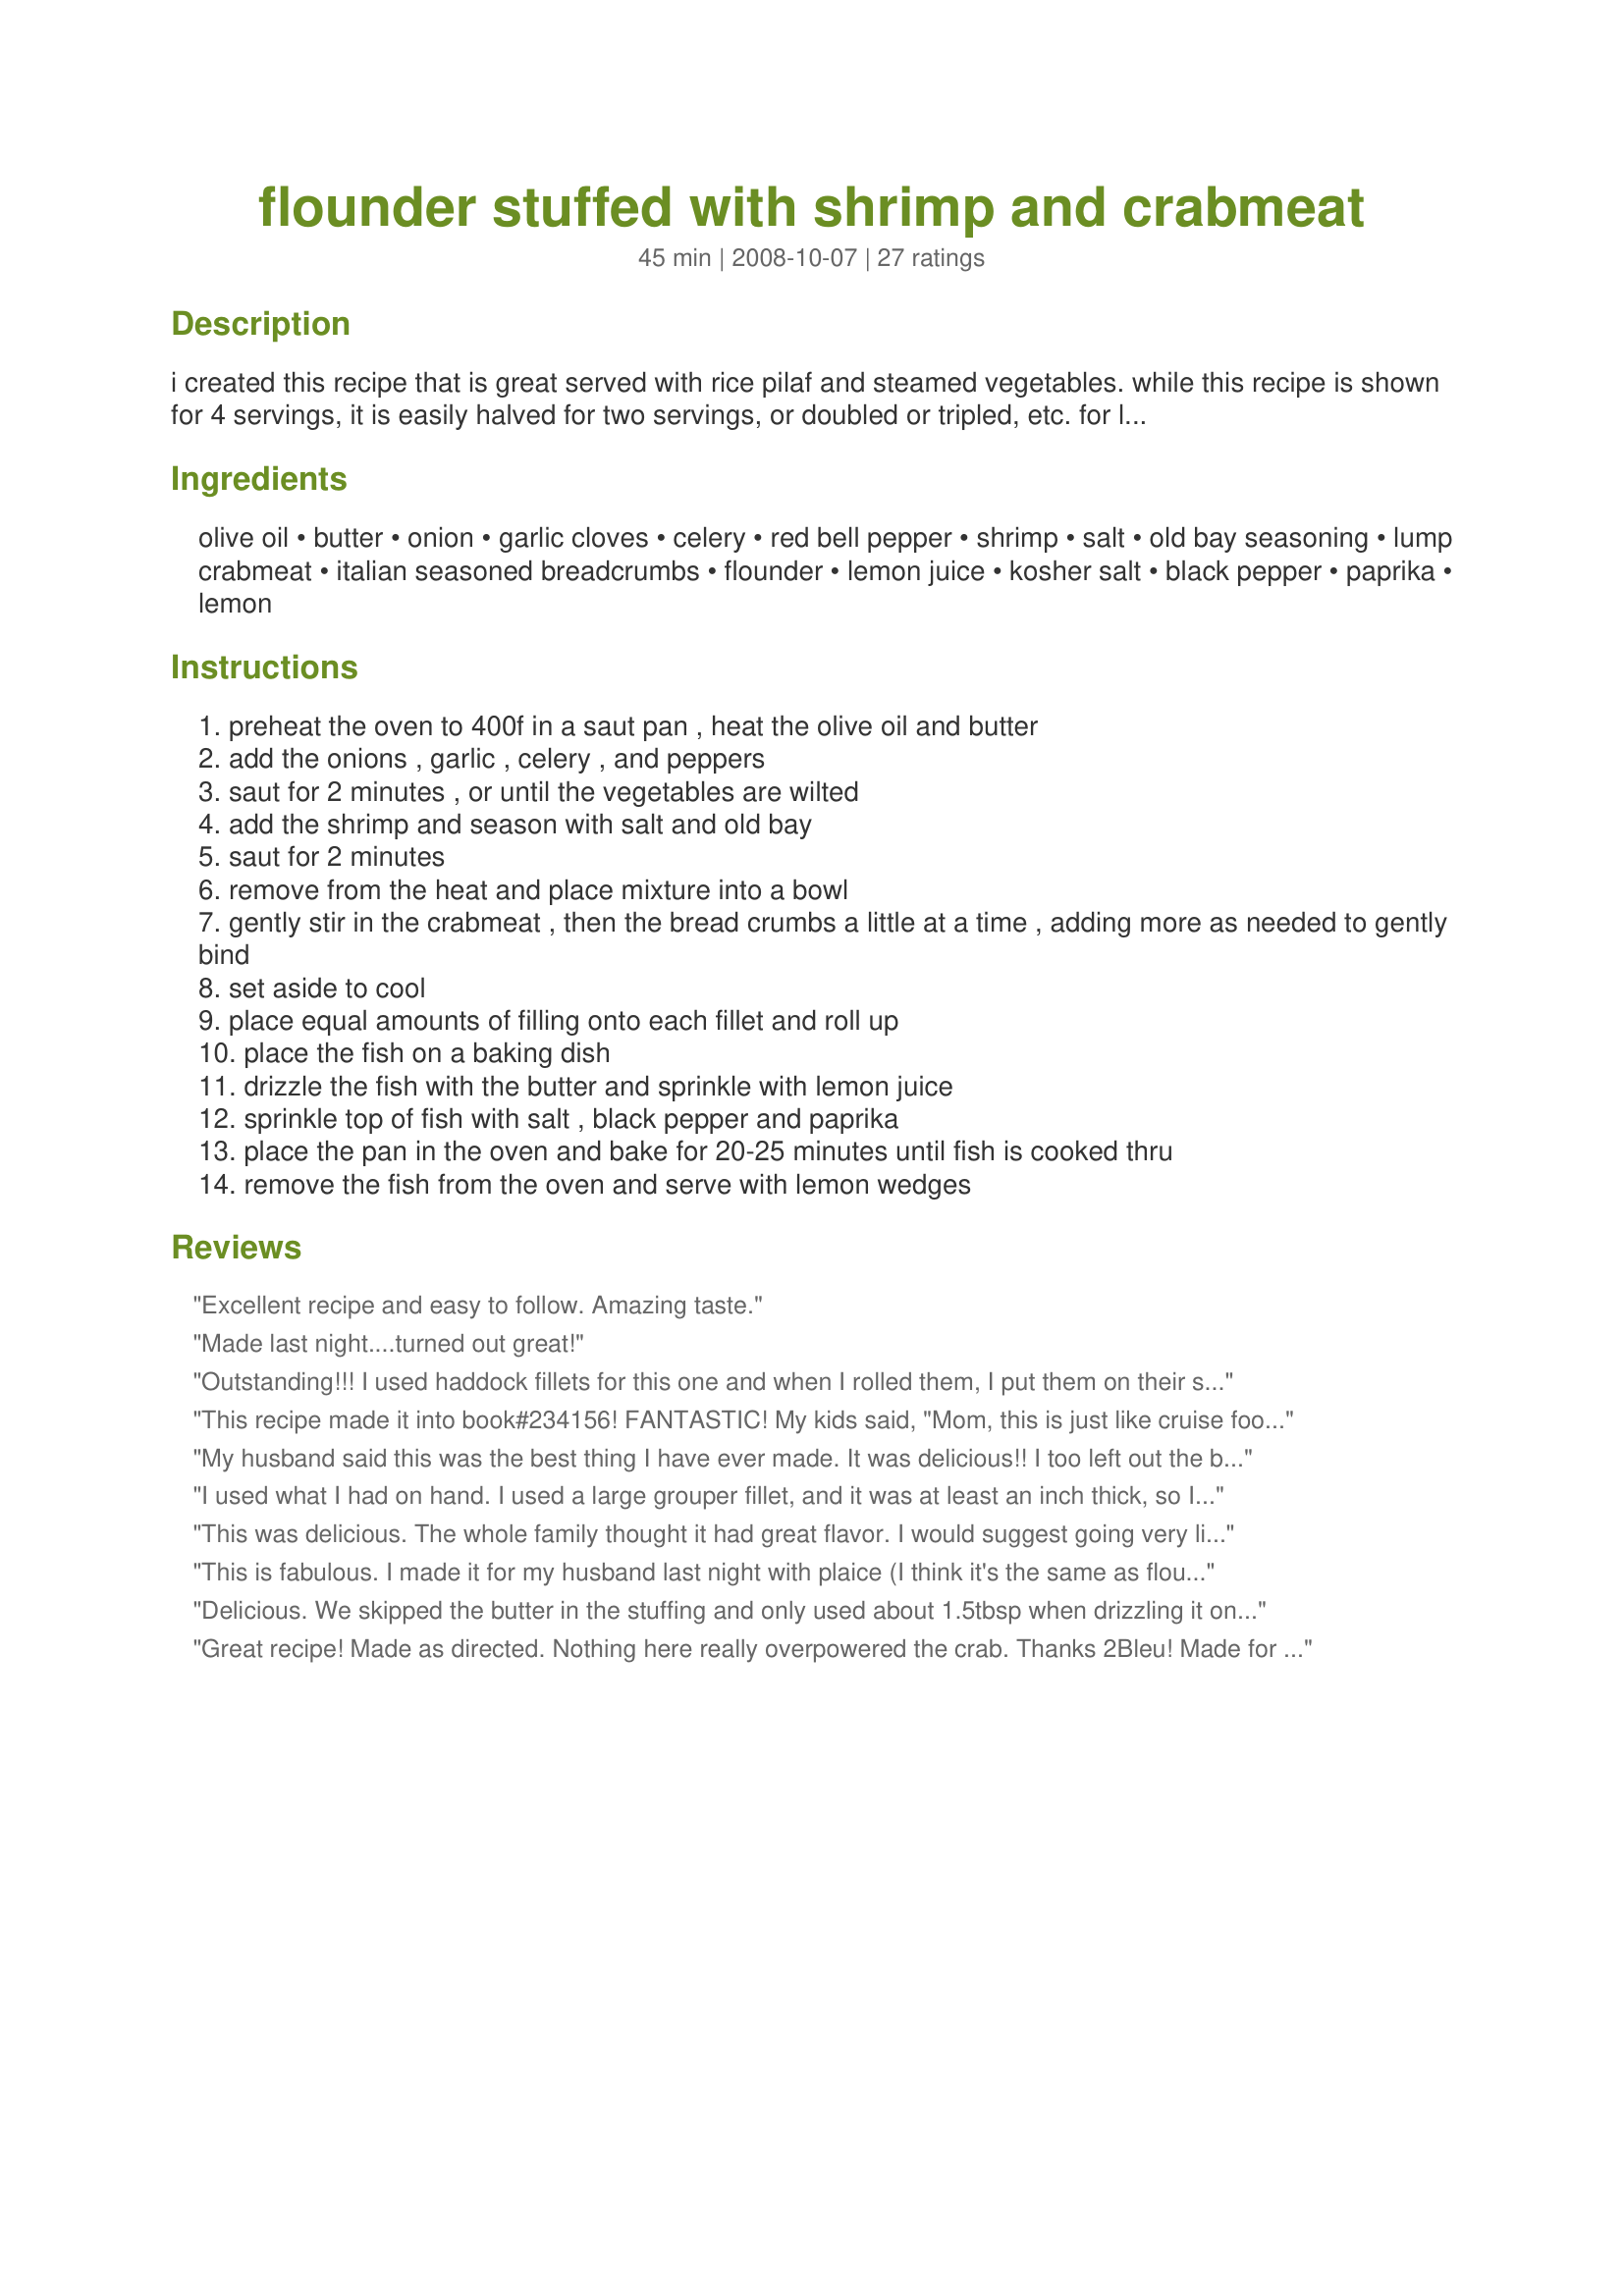
flounder stuffed with shrimp and crabmeat
Preparation time: 45 minutes

i created this recipe that is great served with rice pilaf and steamed vegetables. while this recipe is shown for 4 servings, it is easily halved for two servings, or doubled or tripled, etc. for larger gatherings.

Ingredients:
olive oil, butter, onion, garlic cloves, celery, red bell pepper, shrimp, salt, old bay seasoning, lump crabmeat, italian seasoned breadcrumbs, flounder, lemon juice, kosher salt, black pepper, paprika, lemon

Steps:
preheat the oven to 400f in a saut pan , heat the olive oil and butter
add the onions , garlic , celery , and peppers
saut for 2 minutes , or until the vegetables are wilted
add the shrimp and season with salt and old bay
saut for 2 minutes
remove from the heat and place mixture into a bowl
gently stir in the crabmeat , then the bread crumbs a little at a time , adding more as needed to gently bind
set aside to cool
place equal amounts of filling onto each fillet and roll up
place the fish on a baking dish
drizzle the fish with the butter and sprinkle with lemon juice
sprinkle top of fish with salt , black pepper and paprika
place the pan in the oven and bake for 20-25 minutes until fish is cooked thru
remove the fish from the oven and serve with lemon wedges

Reviews:
Excellent recipe and easy to follow. Amazing taste.
Made last night....turned out great!
Outstanding!!! I used haddock fillets for this one and when I rolled them, I put them on their sides to bake. They came out great! I omitted the bell pepper (personal preference) and used the Old Bay Seasoning, but otherwise followed the recipe. When baked and ready to serve I squirted with fresh lemon. This is a company worthy recipe at my house, and will be made many times over! Made for Top 2008 Favorites Tag Game Linda
This recipe made it into book#234156!
FANTASTIC! My kids said, "Mom, this is just like cruise food" - which is the biggest compliment at our house. It's not a hard recipe to make either! Notes: I only used about 1/4 cup bread crumbs because I didn't want to lose the flavor of the crab and shrimp. It worked great with that amt. I'm thinking it will be possible to cut back on the butter next time because there is a great deal of it (which really isn't a bad thing!). Also, I'd recommend using a baking dish with sides instead of the baking sheet , due to the melted butter. This recipe gets 10 plus stars in my book. LOVED IT!!!
My husband said this was the best thing I have ever made. It was delicious!! I too left out the butter when sauteing the vegis. Yummmy and not very time consuming.
I used what I had on hand. I used a large grouper fillet, and it was at least an inch thick, so I chose the option to stack my fillets instead of rolling. I think this recipe would be better with a thinner fillet. I had to cook mine an additional 5 minutes because of the thickness of the fillets. But the recipe is delicious. I highly recommend trying this delicous recipe! It tastes like something from a 5* Restaurant.
This was delicious. The whole family thought it had great flavor. I would suggest going very lightly on the cayenne; I think I added a bit too much. I used about 1/3 c of soft fresh breadcrumbs, and reduced the drizzled butter by half. I also added 1 TB of parsley flakes to make the mixture even prettier. (this might not apply if you are using dried, seasoned breadcrumbs). I found it a bit tricky to roll up the fillets and some of them looked pretty messy so I'm not sure I'd serve this for company. But it is a great "gourmet" meal for the family.
This is fabulous. I made it for my husband last night with plaice (I think it's the same as flouder, that's what we call it on this side of the Atlantic anyways) and he absolutely loved it. As another reviewer said, the stuffing itself could be used for a variety of things such as stuffed mushrooms or even crab cakes if bound better. Delicious, thanks for sharing!
Delicious. We skipped the butter in the stuffing and only used about 1.5tbsp when drizzling it on the fish.
Great recipe! Made as directed. Nothing here really overpowered the crab. Thanks 2Bleu! Made for PRMR.
I made this last night and it was tasty despite my mistakes. For some reason I only read the butter ingredient once so I ended up putting 4 tbls in stuffing instead of 2. To compensate I only drizzled 2 tbls on fish instead of 4 but I think that missed the point. It was still good and since I only had 4 flounder fillets I'm going to use the rest of the stuffing to make baked stuffing balls.
Excellent!
Great flavor! Cheated and used canned baby shrimp and canned lump crabmeat. I used flounder and layered the stuffing mix between two pieces. Thanks for a great recipe!
All I can say is YUM!
I've made this recipe many times and we love it. I do make some changes now and then, depending on what's in the house and to accommodate my son's allergies to peppers (that means no Old Bay and no paprika,too). But it always comes out great! Tonite I added a handful of spinach. Lovely meal, pretty enough for company! Thanks for posting.
This was a delicious way to cook flounder. I went with shrimp stuffing as I didnt have any crab. I too omitted the butter in the fish portion and drizzled with olive oil instead. I also added mushrooms to the stuffing as I had some I needed to use up.
Made this last night. Excellent. Definitely will have again
This was EXCELENT! The only thing I did different was to put the roll-ups in a large pan with a little basil seasoned water and stem until done. 
I did add a white sauce w/some cheese for a littler extra flavor.
This is a wonderful tasting recipe. Will make from now on. Thanks for posting.
This is a very good stuffing recipe. I did make changes but the base is still the same. I used canned crab meat and decided to use the whole can about 6 ozs. I also added more old bay seasoning about 1 teaspoon. (personal prefernce) I sprayed the baking pan with pam and did drizzle a little butter mixed with lemon juice over the top before baking. This can be made with any fish, cod, flounder or anything that you can use to stack. Next time I will use the stuffing creation in mushrooms. Yummy!
Absolutely wonderful! Flounder is a new fish in my kitchen & we thoroughly enjoyed the way you make it! Loved the combo of shrimp & crab in the stuffing & served it with a combo of white & wild rice & some seamed green beans, which made for a great dinner! I'll definitely be keeping my hands on this recipe! Thanks for sharing it! [Tagged & made in Please Review My Recipe]
Amazing!
I used sole since we can't get flounder here and the imitation crab . Plus used cayenne.
Great dish.
I cut the recipe back and did it "pocket" like . We shared it as an appetizer.
Made for PRMR 2009
Loved it! I made it last night and was very surprised. Sonme recipes online are a hit or miss! This one was def a hit! Will try again :)
Very tasty! Simple, not spicy, attractive. Omitted the olive oil for first step. Otherwise made as posted. Thank you for sharing.
This was perfect!
I have made this four times with great success. Absolutely delicious. I use all lump crab with no shrimp. I use the stacking method and don't roll. Served it to friends for dinner and it was requested again. Highly recommended!!!!
